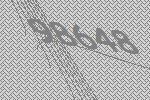
98648